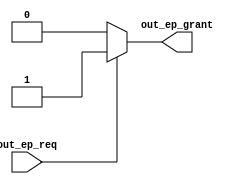
module usb_fs_out_arb #(
  parameter NUM_OUT_EPS = 1
) (
  ////////////////////
  // endpoint interface 
  ////////////////////
  input [NUM_OUT_EPS-1:0] out_ep_req,
  output reg [NUM_OUT_EPS-1:0] out_ep_grant
);
  integer i;
  reg grant;

  always @* begin
    grant = 0;

    for (i = 0; i < NUM_OUT_EPS; i = i + 1) begin
      out_ep_grant[i] <= 0;

      if (out_ep_req[i] && !grant) begin
        out_ep_grant[i] <= 1;
        grant = 1;
      end
    end
  end
endmodule